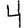
Digit: 4